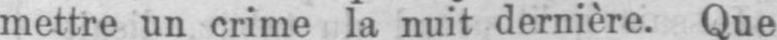
mettre un crime la nuit dernière. Que